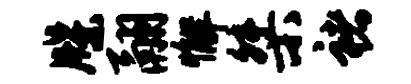
牒翮懈桀褚